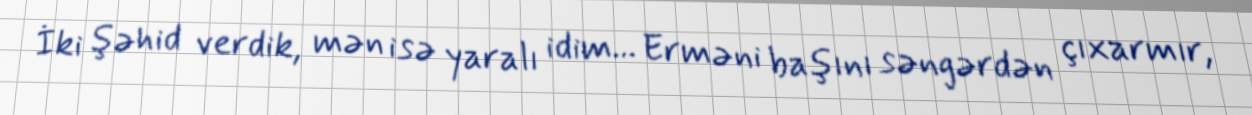
İki şəhid verdik, mən isə yaralı idim... Erməni başını səngərdən çıxarmır,